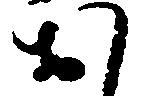
お